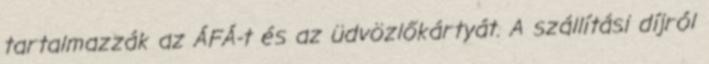
tartalmazzák az ÁFÁ-t és az üdvözlőkártyát. A szállítási díjról